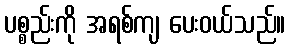
ပစ္စည်းကို အရစ်ကျ ပေးဝယ်သည်။